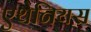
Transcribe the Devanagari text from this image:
एथेनियस